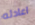
اعادته